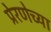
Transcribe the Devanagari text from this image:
प्रेरणेच्या